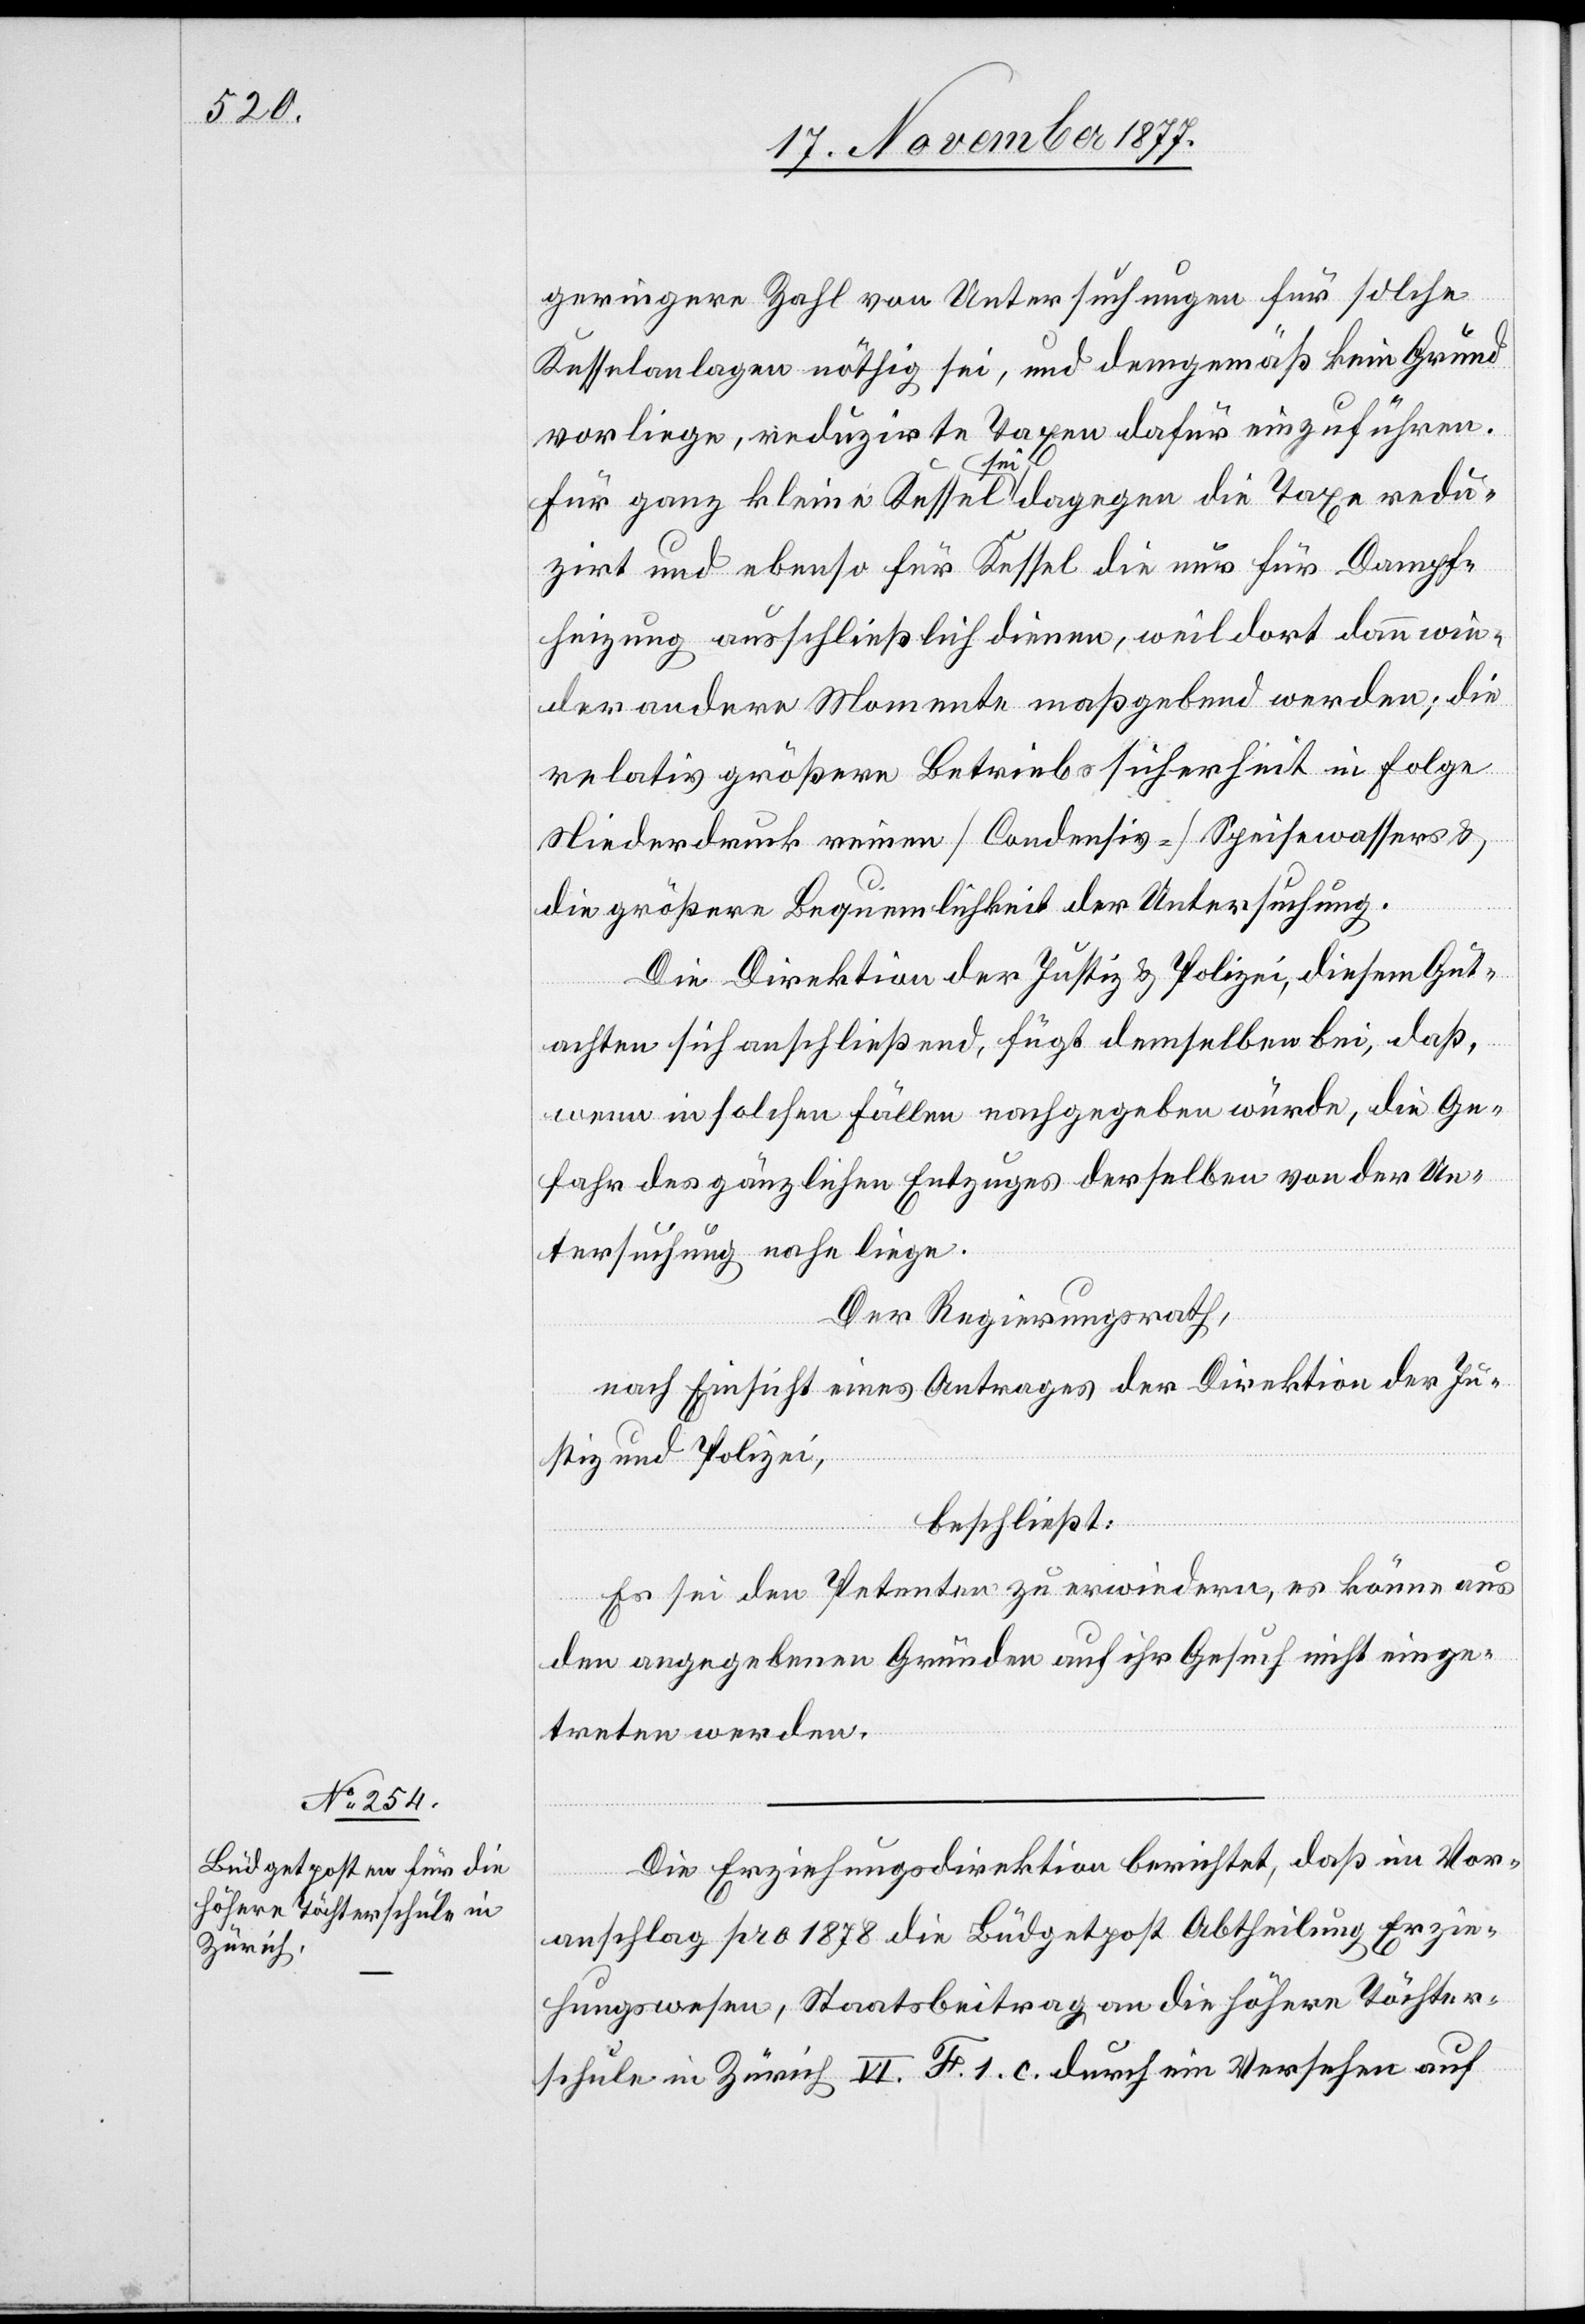
geringere Zahl von Untersuchungen für solche
Kesselanlagen nöthig sei, und demgemäß kein Grund
vorliege, reduzirte Taxen dafür einzuführen.
Für ganz kleine Kessel sei dagegen die Taxe redu¬
zirt und ebenso für Kessel die nur für Dampf¬
heizung ausschließlich dienen, weil dort dann wie¬
der andere Momente maßgebend werden; die
relativ größere Betriebssicherheit in Folge
Niederdruck reinen [Condensiv-]Speisewassers &
die größere Bequemlichkeit der Untersuchung.
Die Direktion der Justiz & Polizei, diesem Gut¬
achten sich anschließend, fügt demselben bei, daß,
wenn in solchen Fällen nachgegeben würde, die Ge¬
fahr des gänzlichen Entzuges derselben von der Un¬
tersuchung nahe liege.
Der Regierungsrath,
nach Einsicht eines Antrages der Direktion der Ju¬
stiz und Polizei,
beschließt:
Es sei den Petenten zu erwiedern, es könne aus
den angegebenen Gründen auf ihr Gesuch nicht einge¬
treten werden.
Die Erziehungsdirektion berichtet, daß im Vor¬
anschlag pro 1878 die Büdgetpost Abtheilung Erzie¬
hungswesen, Staatsbeitrag an die höhere Töchter¬
schule in Zürich VI. F. 1. c. durch ein Versehen auf